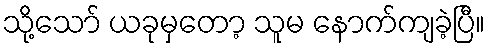
သို့သော် ယခုမှတော့ သူမ နောက်ကျခဲ့ပြီ။